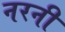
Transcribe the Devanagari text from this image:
नरनी